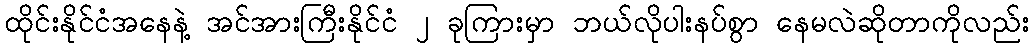
ထိုင်းနိုင်ငံအနေနဲ့ အင်အားကြီးနိုင်ငံ ၂ ခုကြားမှာ ဘယ်လိုပါးနပ်စွာ နေမလဲဆိုတာကိုလည်း